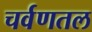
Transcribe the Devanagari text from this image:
चर्वणतल